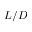
L / D